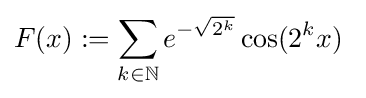
F(x):=\sum _{k\in \mathbb {N} }e^{-{\sqrt {2^{k}}}}\cos(2^{k}x)\